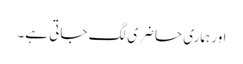
اور ہماری حاضری لگ جاتی ہے۔